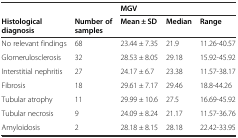
<table><thead><tr><td></td><td></td><td colspan="3"><b>MGV</b></td></tr><tr><td><b>Histological diagnosis</b></td><td><b>Number of samples</b></td><td><b>Mean ± SD</b></td><td><b>Median</b></td><td><b>Range</b></td></tr></thead><tbody><tr><td>No relevant findings</td><td>68</td><td>23.44 ± 7.35</td><td>21.9</td><td>11.26-40.57</td></tr><tr><td>Glomerulosclerosis</td><td>32</td><td>28.53 ± 8.05</td><td>29.18</td><td>15.92-45.92</td></tr><tr><td>Interstitial nephritis</td><td>27</td><td>24.17 ± 6.7</td><td>23.38</td><td>11.57-38.17</td></tr><tr><td>Fibrosis</td><td>18</td><td>29.61 ± 7.17</td><td>29.46</td><td>18.8-44.26</td></tr><tr><td>Tubular atrophy</td><td>11</td><td>29.99 ± 10.6</td><td>27.5</td><td>16.69-45.92</td></tr><tr><td>Tubular necrosis</td><td>9</td><td>24.09 ± 8.24</td><td>21.17</td><td>11.57-36.76</td></tr><tr><td>Amyloidosis</td><td>2</td><td>28.18 ± 8.15</td><td>28.18</td><td>22.42-33.95</td></tr></tbody></table>